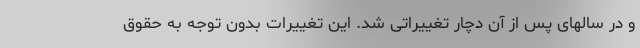
و در سالهای پس از آن دچار تغییراتی شد. این تغییرات بدون توجه به حقوق